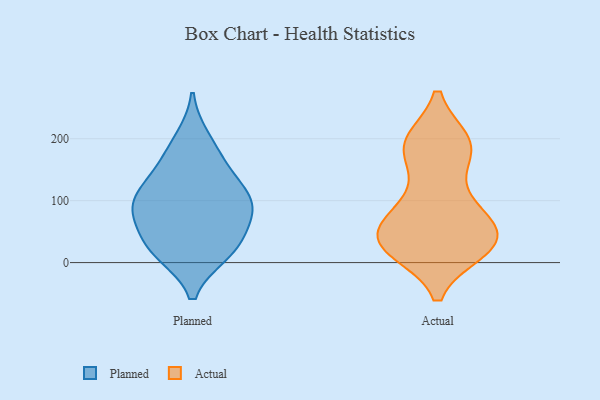
{"axis": {"x": "Bounce Rate (%)", "y": "Value"}, "legend": ["Actual", "Planned"], "data": [{"x": "", "y": 17, "type": "Planned"}, {"x": "", "y": 70, "type": "Planned"}, {"x": "", "y": 80, "type": "Planned"}, {"x": "", "y": 92, "type": "Planned"}, {"x": "", "y": 149, "type": "Planned"}, {"x": "", "y": 108, "type": "Planned"}, {"x": "", "y": 200, "type": "Planned"}, {"x": "", "y": 22, "type": "Planned"}, {"x": "", "y": 15, "type": "Planned"}, {"x": "", "y": 42, "type": "Planned"}, {"x": "", "y": 99, "type": "Planned"}, {"x": "", "y": 167, "type": "Planned"}, {"x": "", "y": 113, "type": "Planned"}, {"x": "", "y": 168, "type": "Actual"}, {"x": "", "y": 194, "type": "Actual"}, {"x": "", "y": 30, "type": "Actual"}, {"x": "", "y": 71, "type": "Actual"}, {"x": "", "y": 42, "type": "Actual"}, {"x": "", "y": 93, "type": "Actual"}, {"x": "", "y": 26, "type": "Actual"}, {"x": "", "y": 99, "type": "Actual"}, {"x": "", "y": 29, "type": "Actual"}, {"x": "", "y": 47, "type": "Actual"}, {"x": "", "y": 31, "type": "Actual"}, {"x": "", "y": 192, "type": "Actual"}, {"x": "", "y": 194, "type": "Actual"}, {"x": "", "y": 21, "type": "Actual"}, {"x": "", "y": 44, "type": "Actual"}, {"x": "", "y": 194, "type": "Actual"}, {"x": "", "y": 180, "type": "Actual"}, {"x": "", "y": 24, "type": "Actual"}, {"x": "", "y": 83, "type": "Actual"}]}